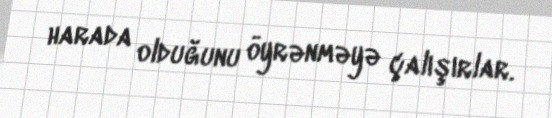
harada olduğunu öyrənməyə çalışırlar.